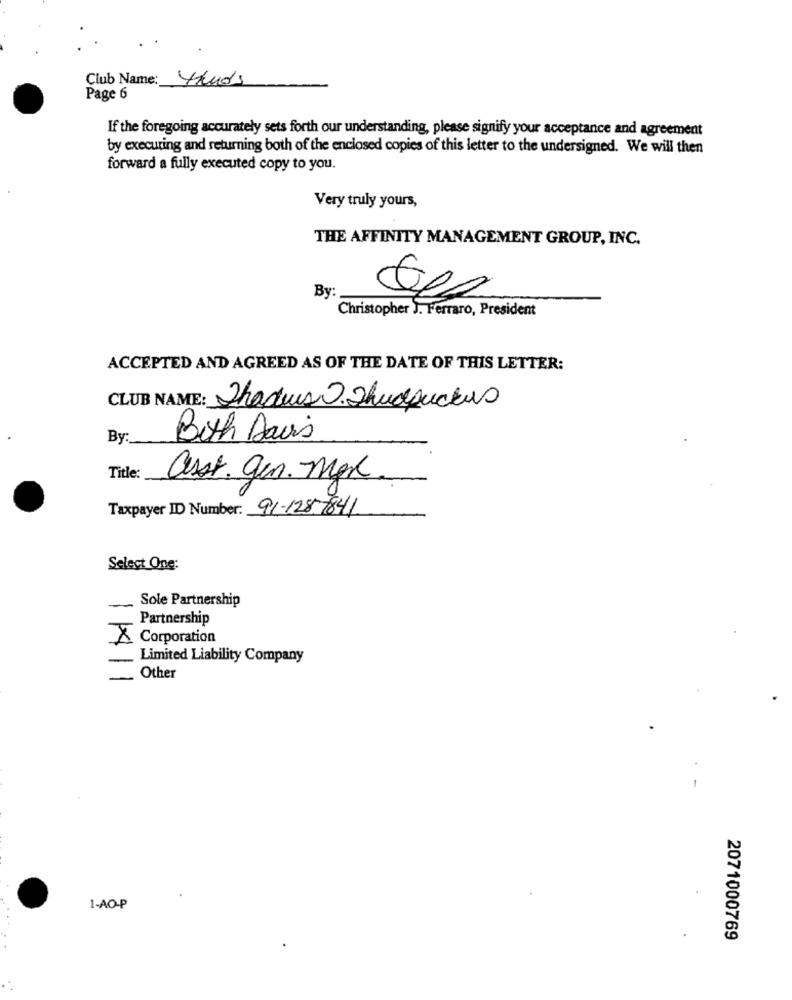
Club Name: 4Anos
Page 6
If the foregoing accurately sets forth our understanding, please signify your acceptance and agreement
by executing and returning both of the enclosed copies of this letter to the undersigned. We will then
forward a fully executed copy to you.
Very truly yours,
THE AFFINITY MANAGEMENT GROUP, INC.
By
Christopher J. Ferraro, President
ACCEPTED AND AGREED AS OF THE DATE OF THIS LETTER:
CLUB NAME: Shades .shudpuckus
By:
Both Davis
Title:
asst. gen. Mgr
Taxpayer ID Number: 91-128-7841
Select One:
Sole Partnership
-
Partnership
X Corporation
-
Limited Liability Company
Other
1-AO-P
2071000769
..